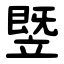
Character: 䇒